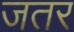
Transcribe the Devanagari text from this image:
जतर